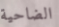
الضاحية